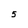
Character: 5